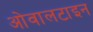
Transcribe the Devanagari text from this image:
ओवालटाइन